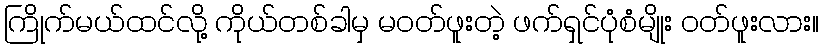
ကြိုက်မယ်ထင်လို့ ကိုယ်တစ်ခါမှ မဝတ်ဖူးတဲ့ ဖက်ရှင်ပုံစံမျိုး ဝတ်ဖူးလား။